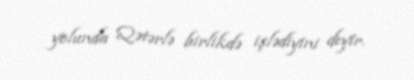
yolunda Qətərlə birlikdə işlədiyini deyir.